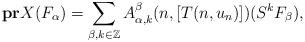
LaTeX: \begin{align*}\bold{pr}X(F_{\alpha})=\sum_{\beta,k\in\mathbb{Z}}A^{\beta}_{\alpha,k}(n,[T(n,u_n)])(S^kF_{\beta}),\end{align*}